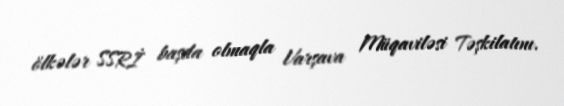
ölkələr SSRİ başda olmaqla Varşava Müqaviləsi Təşkilatını.